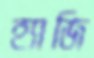
হ্যাজি